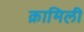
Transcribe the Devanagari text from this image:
क़ामिली